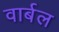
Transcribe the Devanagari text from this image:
वार्बल